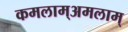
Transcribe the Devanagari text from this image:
कमलाम्अमलाम्